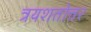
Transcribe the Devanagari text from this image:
त्रयशतोत्तर